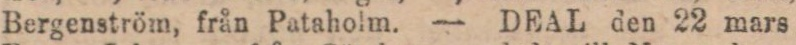
Bergenström, från Pataholm. — DEAL den 22 mars